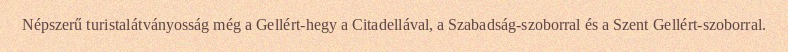
Népszerű turistalátványosság még a Gellért-hegy a Citadellával, a Szabadság-szoborral és a Szent Gellért-szoborral.